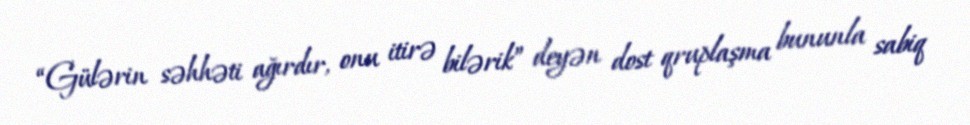
“Gülərin səhhəti ağırdır, onu itirə bilərik” deyən dost qruplaşma bununla sabiq